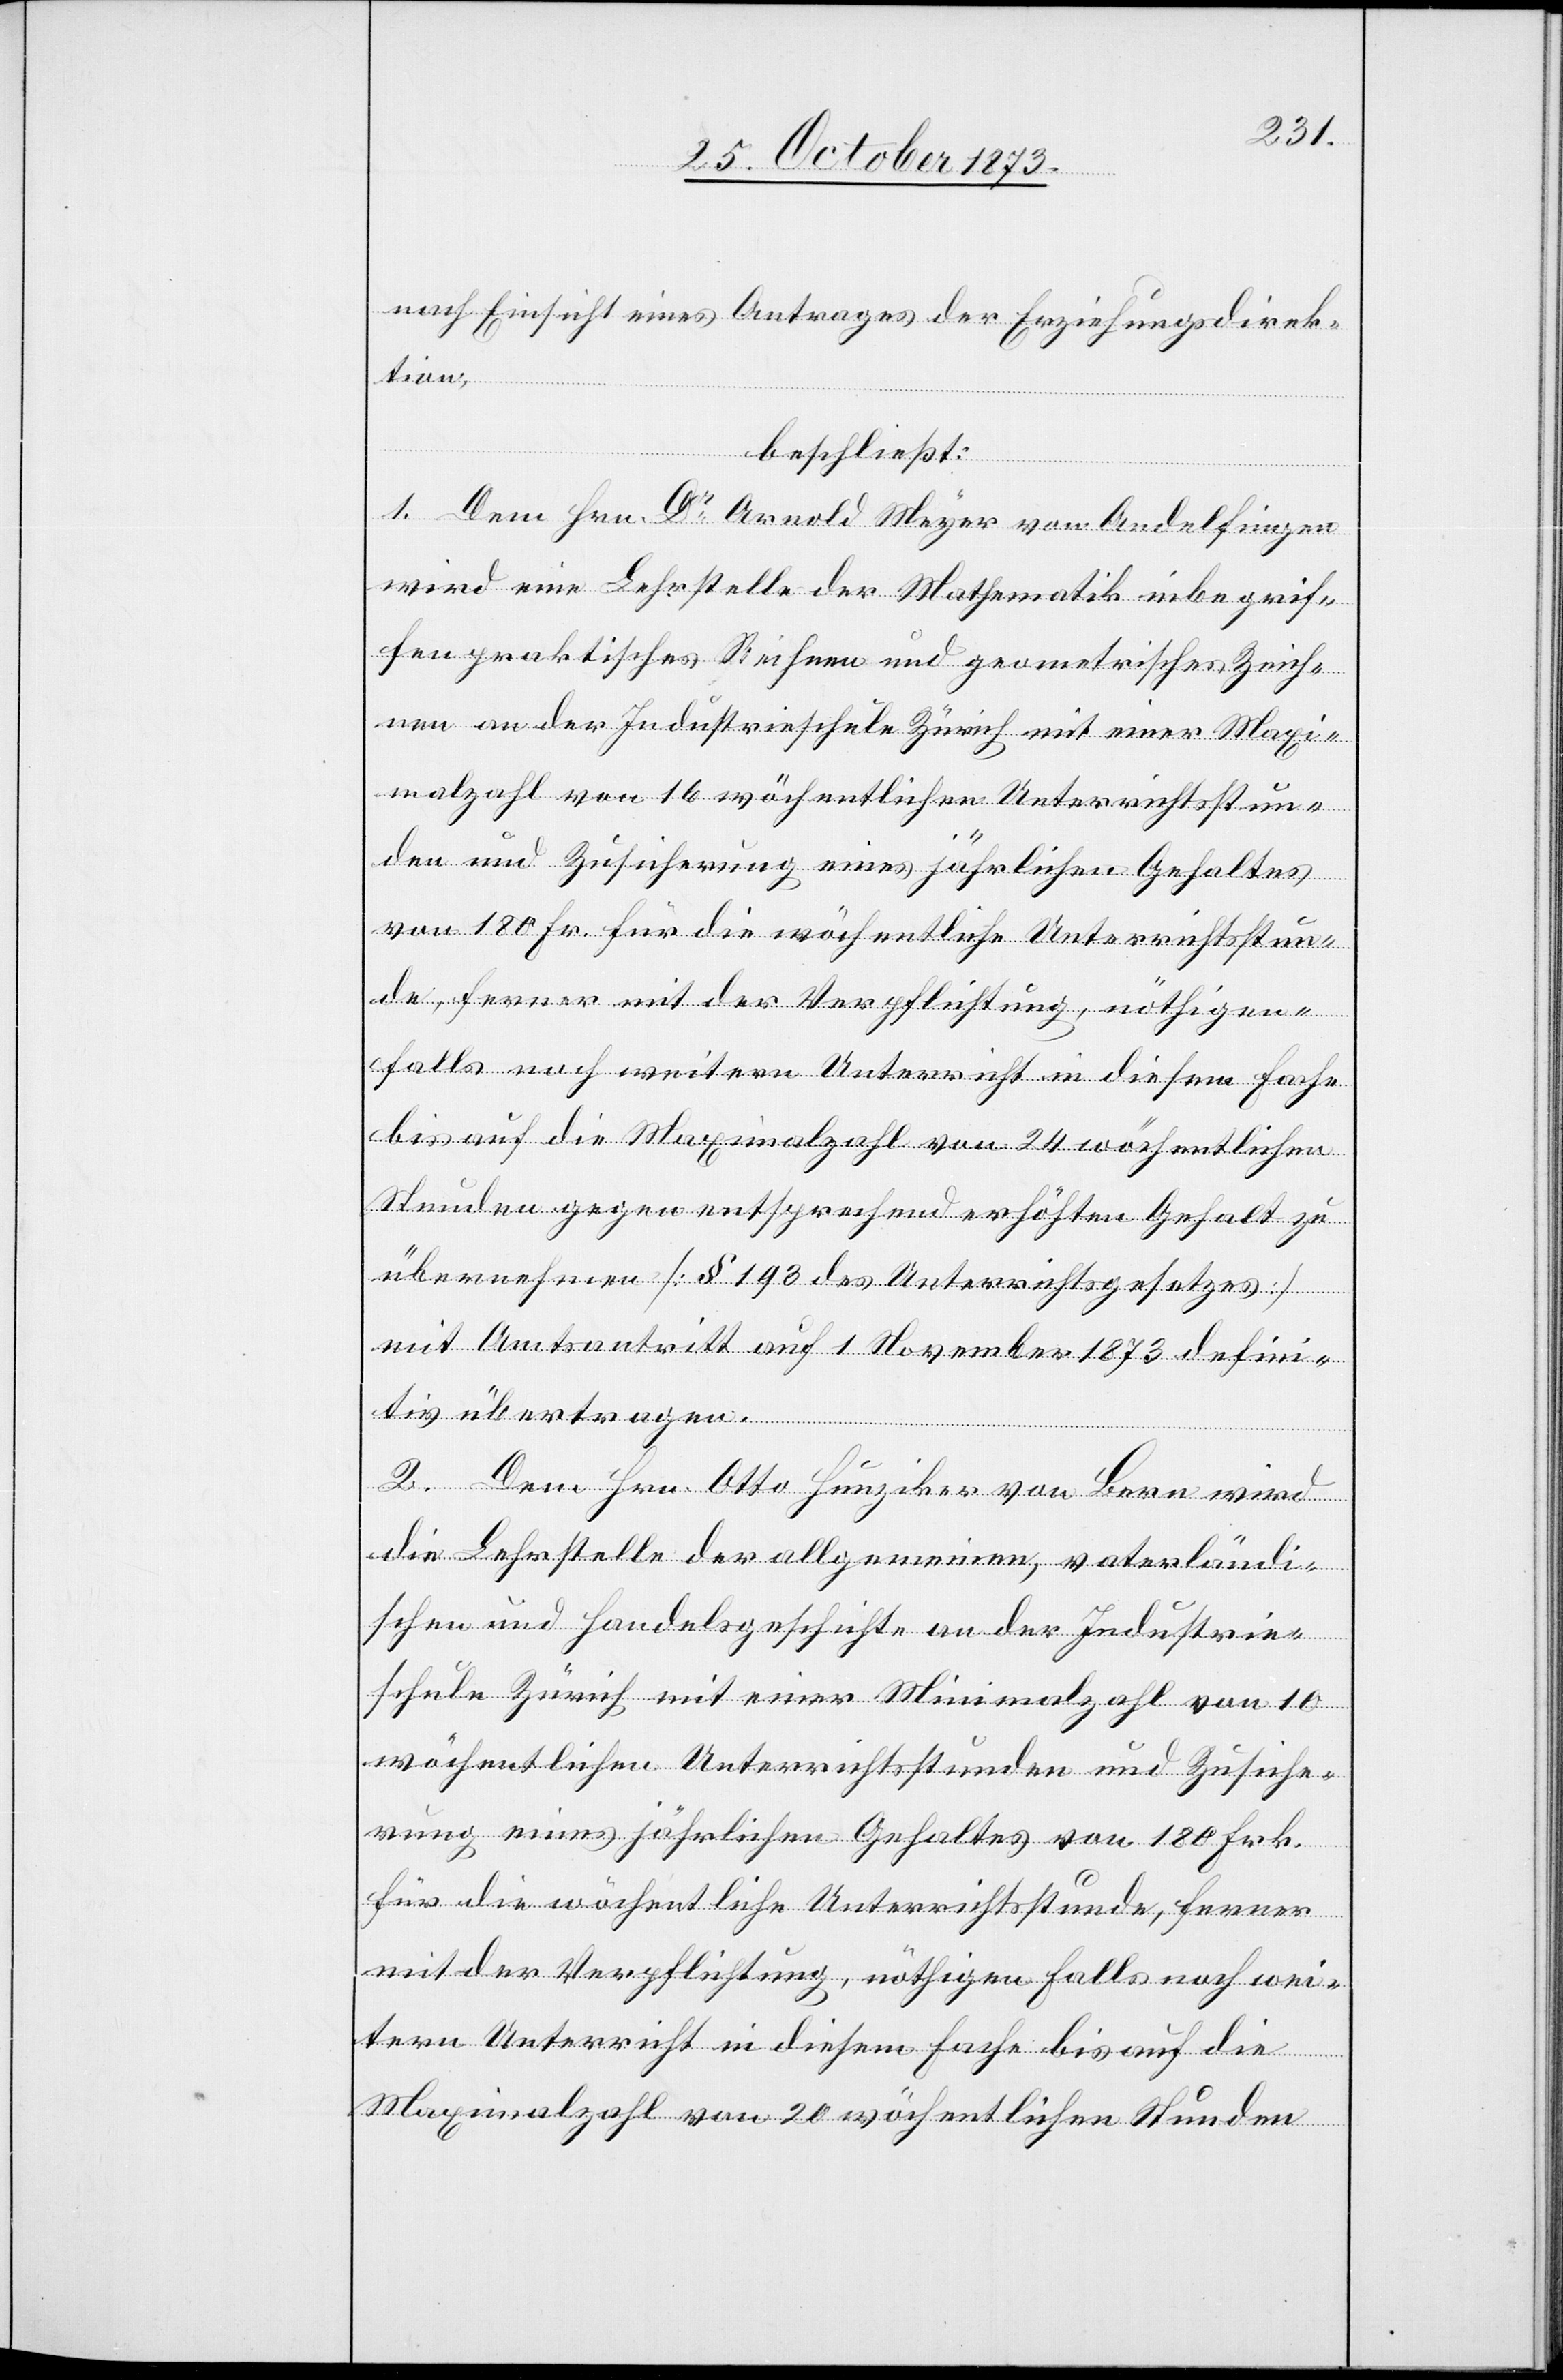
nach Einsicht eines Antrages der Erziehungsdirek¬
tion,
beschließt:
1. Dem Hrn. Dr Arnold Meyer von Andelfingen
wird eine Lehrstelle der Mathematik inbegrif¬
fen praktisches Rechnen und geometrisches Zeich¬
nen an der Industrieschule Zürich mit einer Max¬
imalzahl von 16 wöchentlichen Unterrichtsstun¬
den und Zusicherung eines jährlichen Gehaltes
von 180 Fr. für die wöchentliche Unterrichtsstun¬
de, ferner mit der Verpflichtung, nöthigen¬
falls noch weitern Unterricht in diesem Fache
bis auf die Maximalzahl von 24 wöchentlichen
Stunden gegen entsprechend erhöhten Gehalt zu
übernehmen [§ 193 des Unterrichtsgesetzes]
mit Amtsantritt auf 1 November 1873 defini¬
tiv übertragen.
2. Dem Hrn. Otto Hunziker von Bern wird
die Lehrstelle der allgemeinen, vaterländi¬
schen und Handelsgeschichte an der Industrie¬
schule Zürich mit einer Minimalzahl von 10
wöchentlichen Unterrichtsstunden und Zusiche¬
rung eines jährlichen Gehaltes von 180 Frk.
für die wöchentliche Unterrichtsstunde, ferner
mit der Verpflichtung, nöthigen Falls noch wei¬
tern Unterricht in diesem Fache bis auf die
Maximalzahl von 20 wöchentlichen Stunden